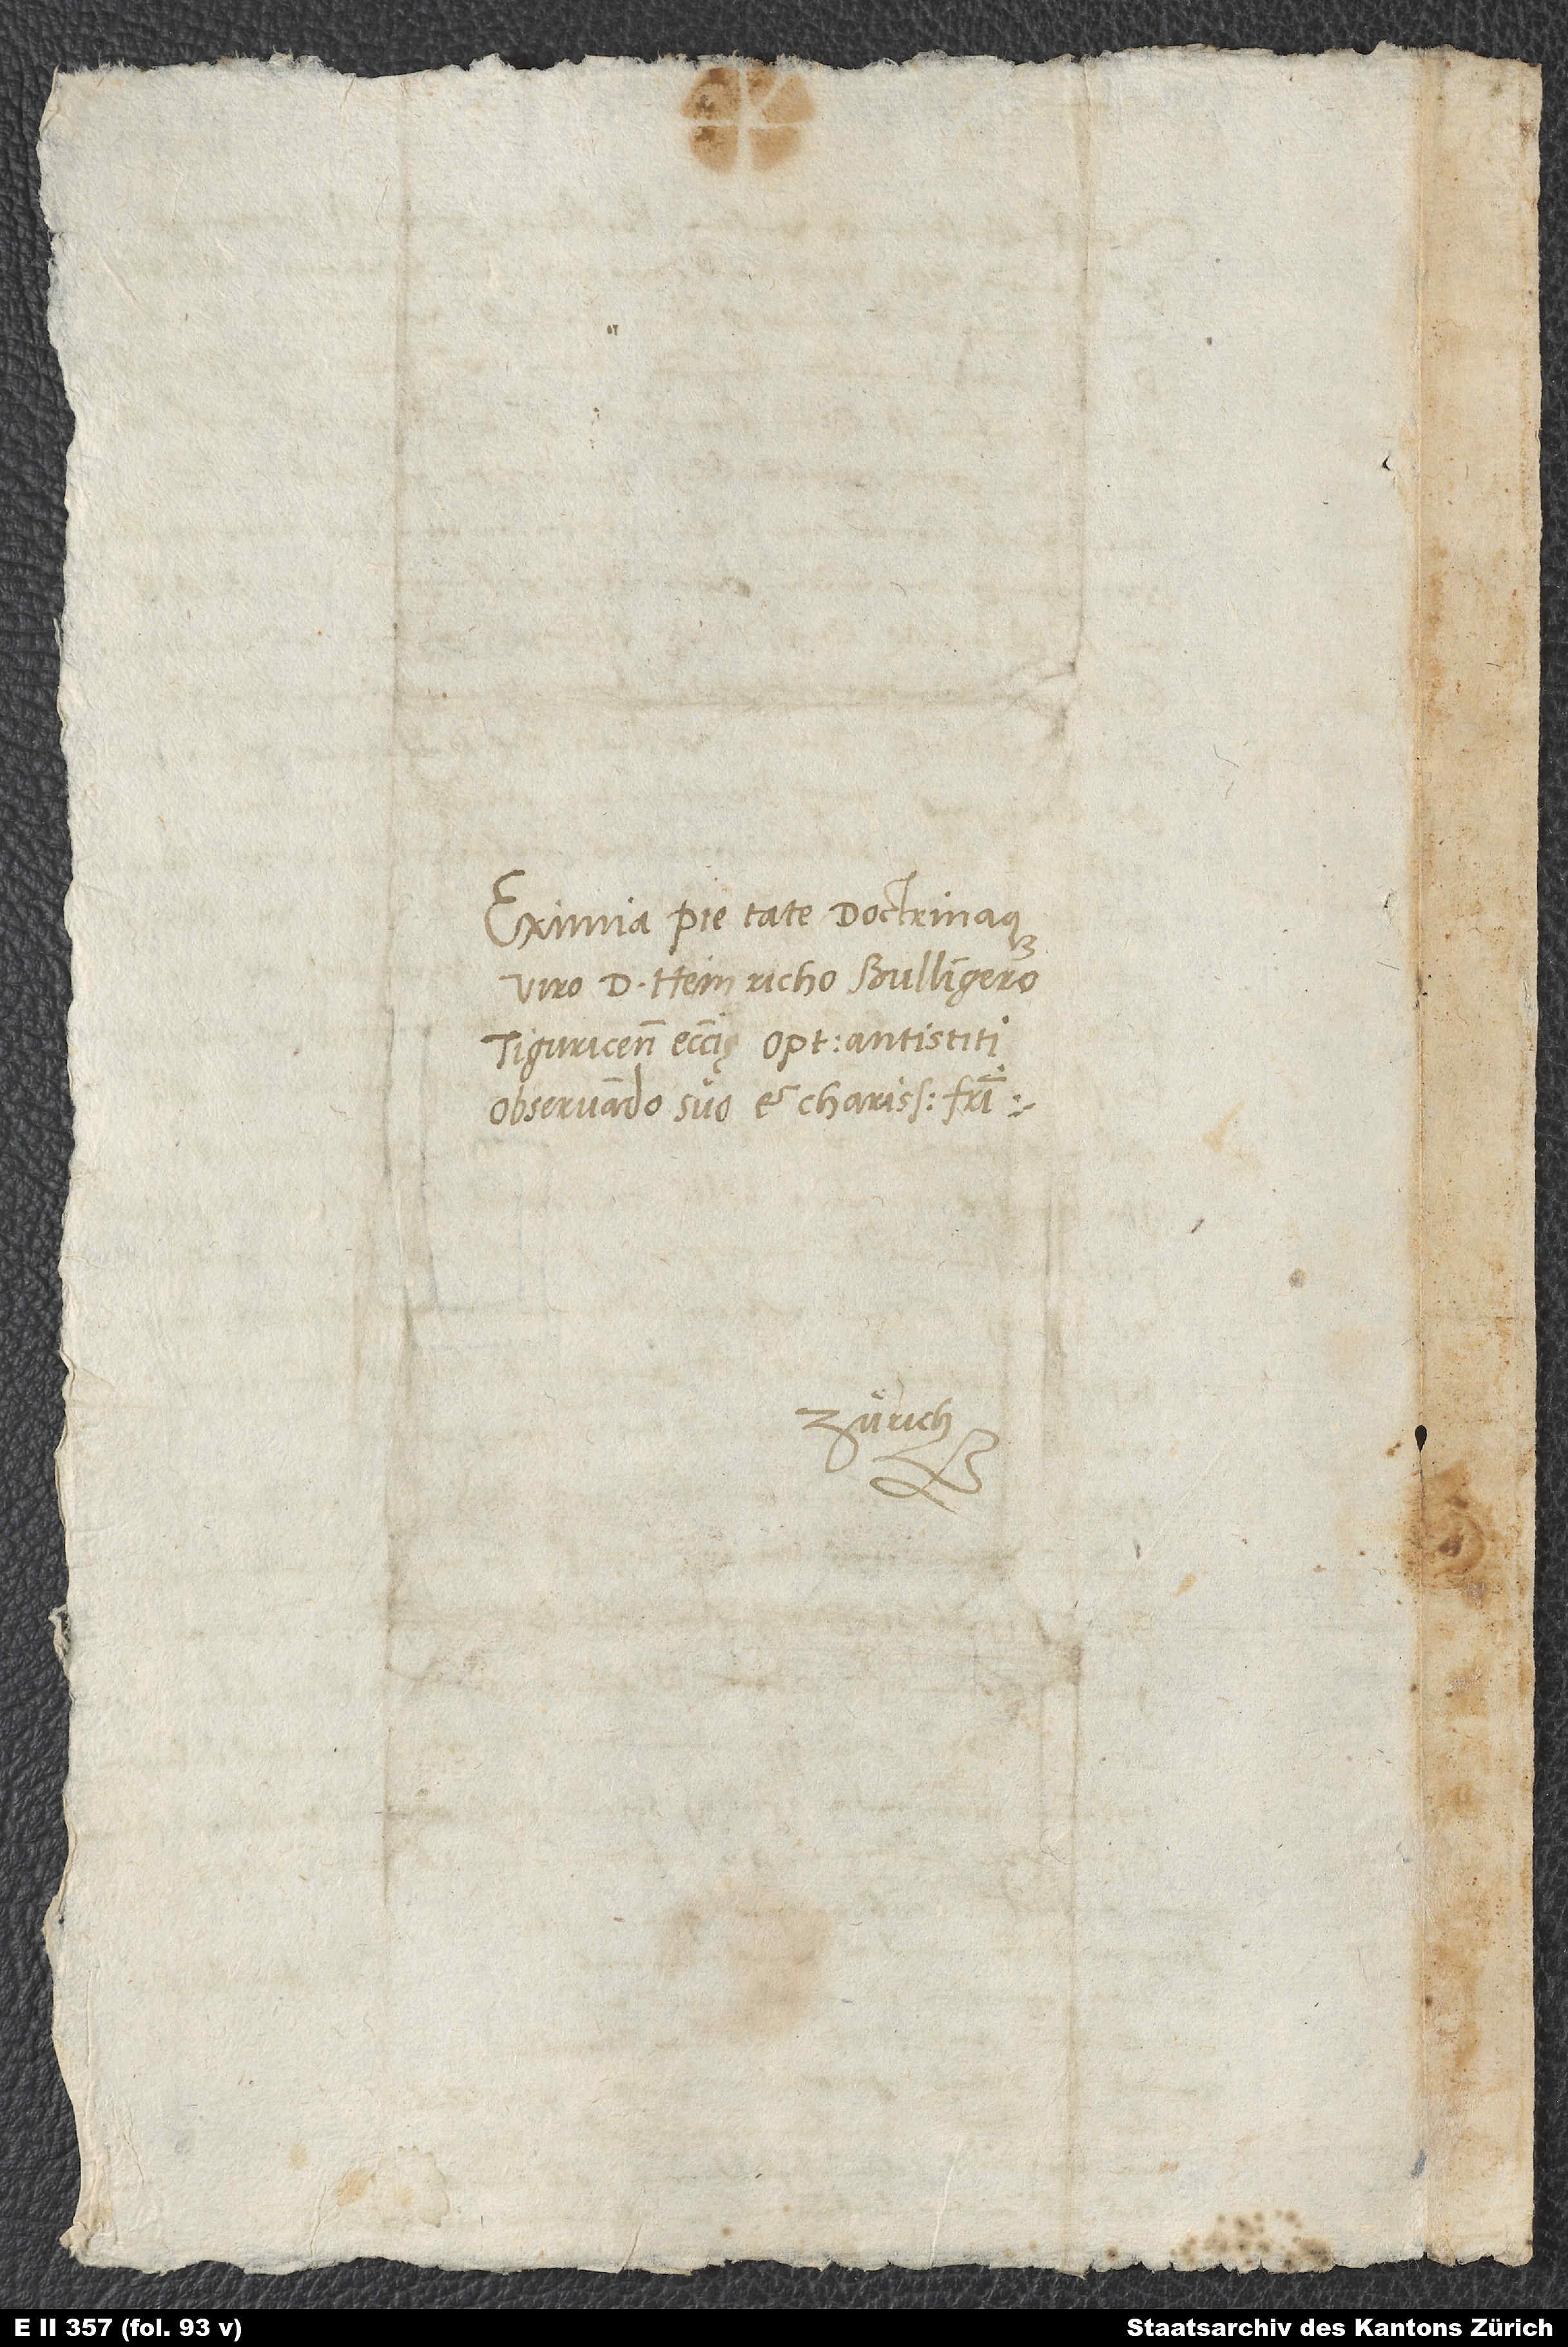
Eximia pietate doctrinaque
viro d. Heinricho Bullingero,
Tiguricensis ecclesię optimo antistiti,
observando suo et charissimo fratri.
Zürich.